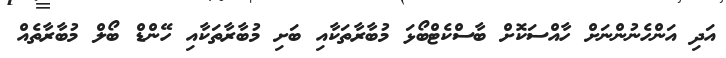
އަދި އަންހެނުންނަށް ހާއްސަކޮށް ބާސްކެޓްބޯޅަ މުބާރާތަކާއި ބަށި މުބާރާތަކާއި ހޭންޑް ބޯލް މުބާރާތެއް